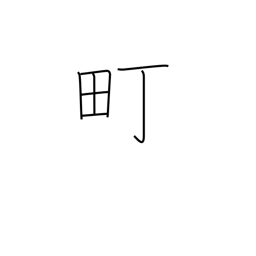
Meaning: block